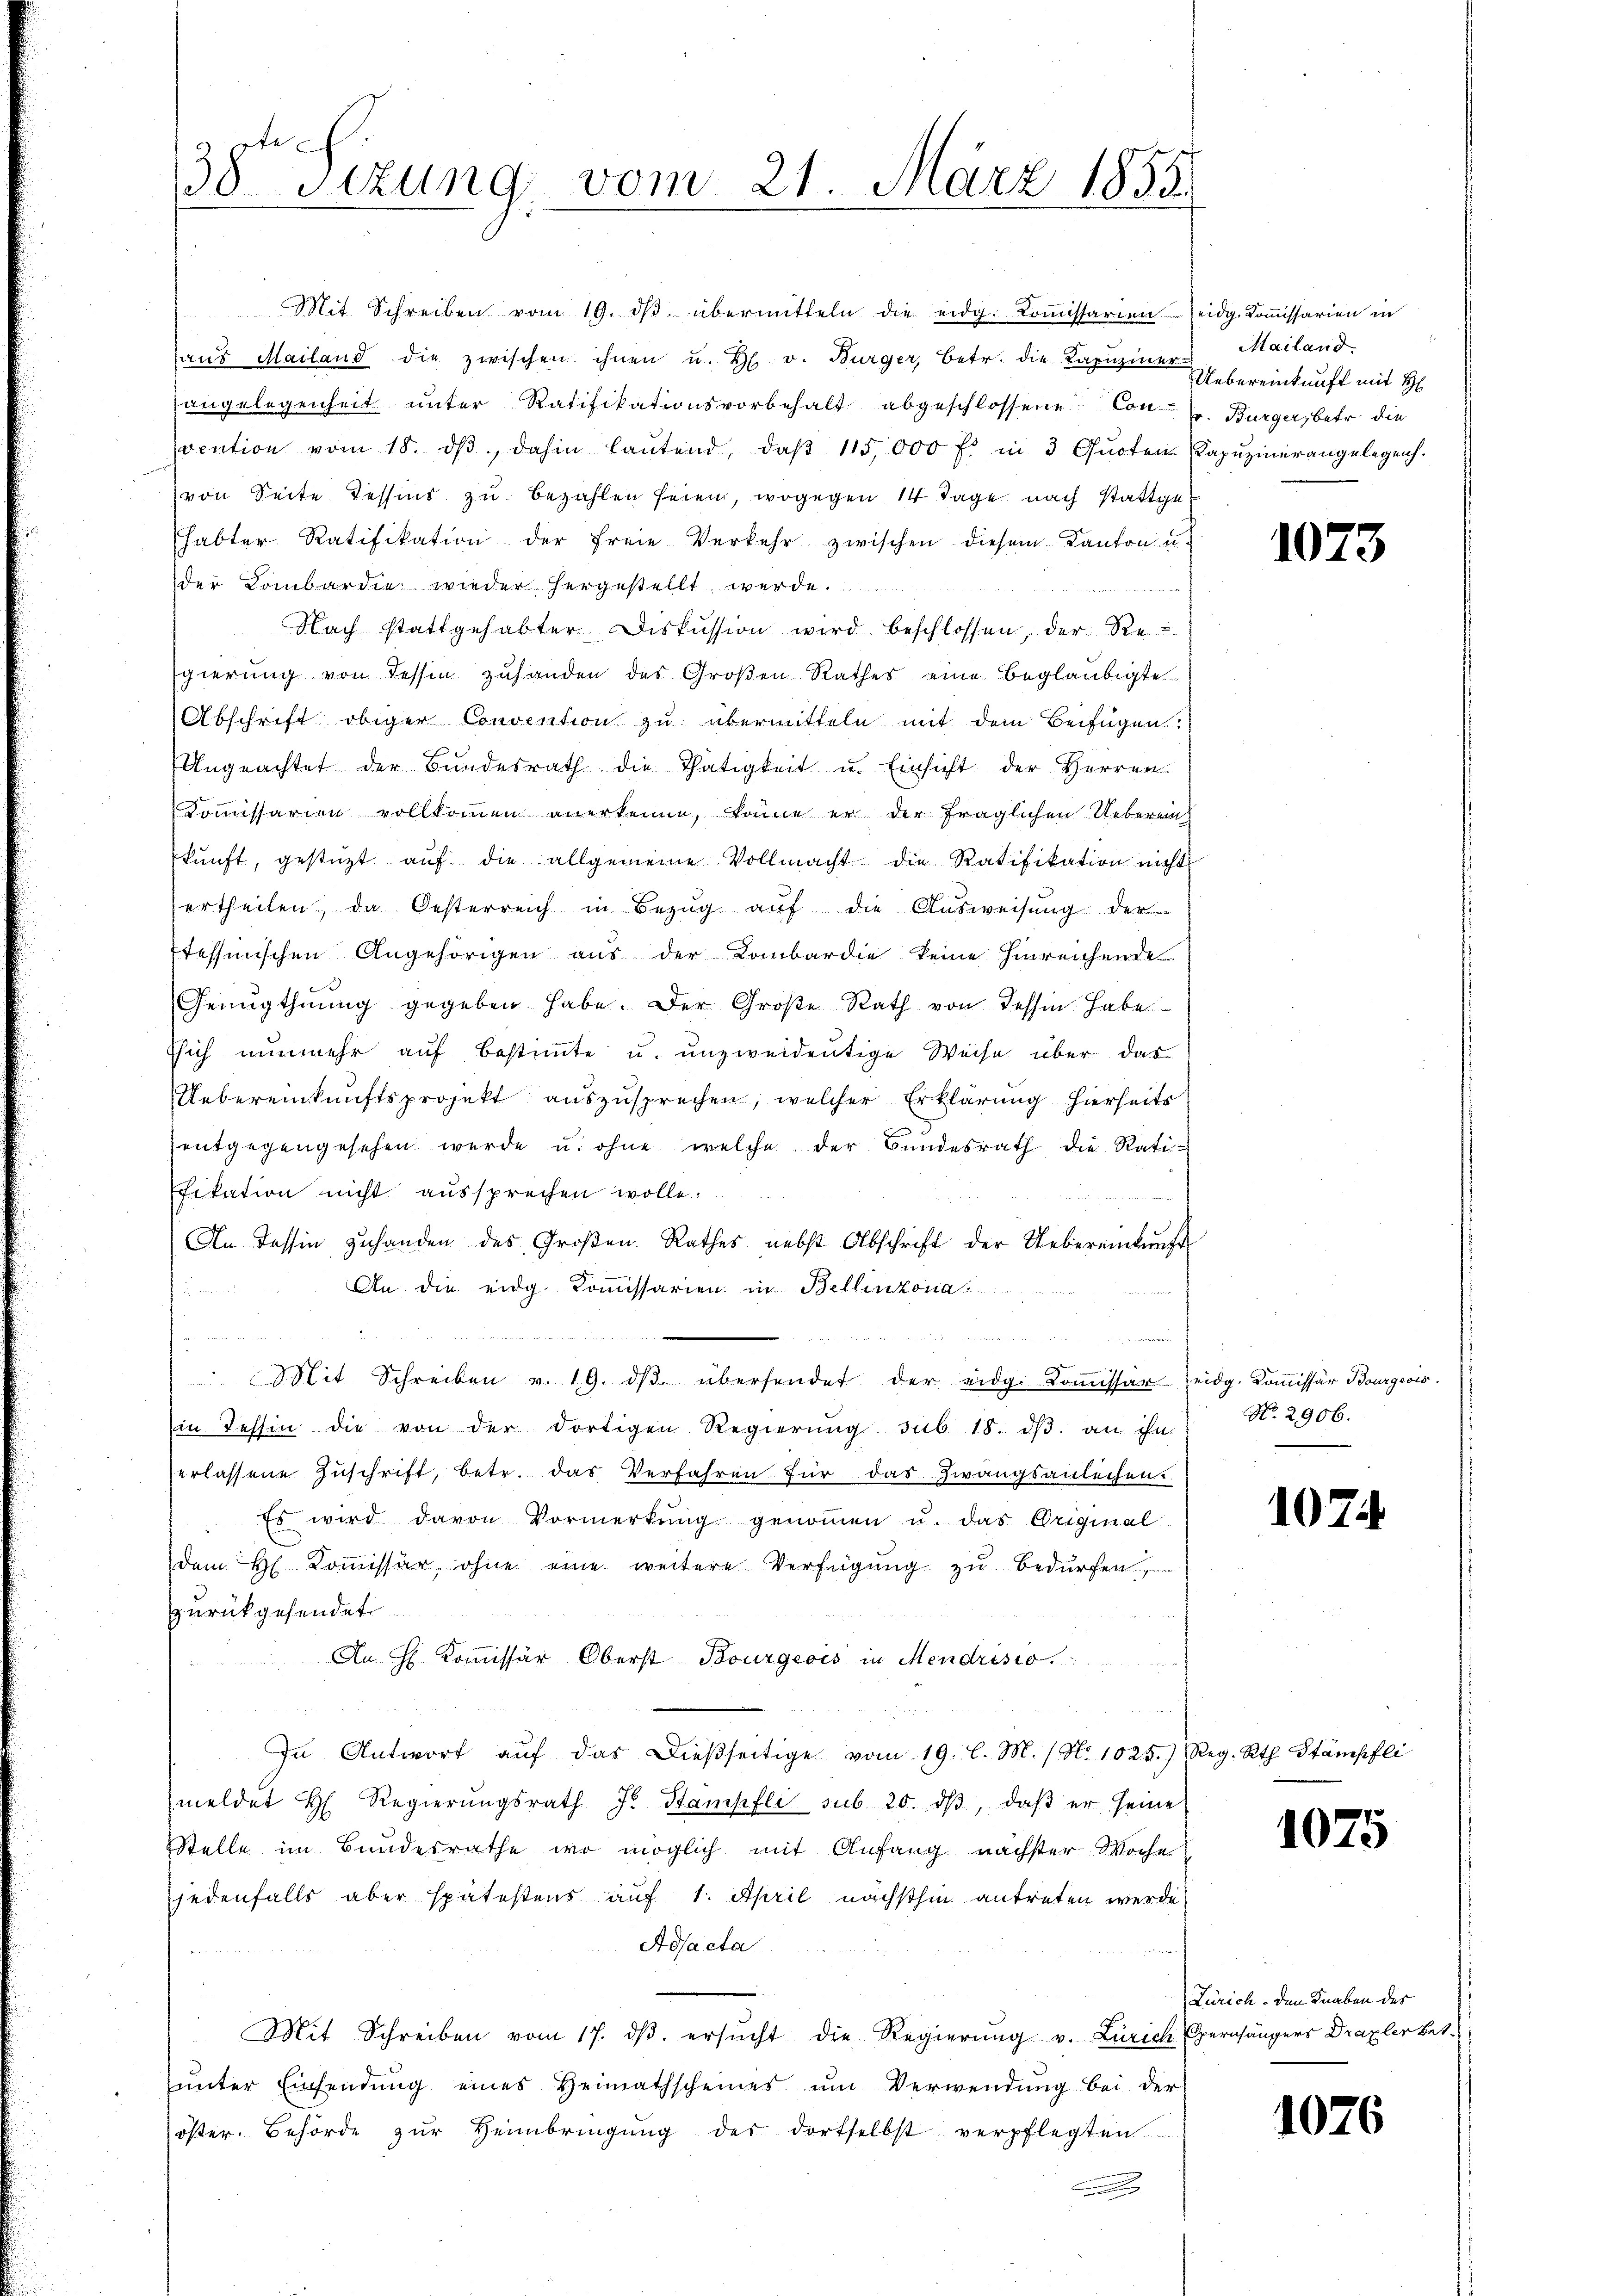
Mit Schreiben vom 19. dβ übermitteln die eidg. Koṁissarien eidg. Kommissarien in
aus Mailand die zwischen ihnen u. H. v. Bürger, betr. die Kapuziner
angelegenheit ŭnter Ratifikationsvorbehalt abgeschlossene Contr. Bürger, betr. die
ocation vom 18. dβ dahin laŭtend, daβ 115,000 f. in 3 Quoten Kapuzinerangelegen.
von Seite Tessins zu bezahlen seien, wogegen 14 Tage nach stattgehabter Ratifikation der freie Verkehr zwischen diesem Kanton u.
der Kombardie wieder hergestellt werde.
Nach stattgehabter Diskussion wird beschlossen, der Re
gierung von Tessin zuhanden des Großen Rathes eine Beglaubigte
Abschrift obiger Convention zu übermitteln mit dem Beifügen.
Ungeachtet der Bundesrath die Thätigkeit u. Einsicht der Herren
Kommissarien vollkommen anerkenne, könne er der fraglichen Ueberein
kŭnft, gestüzt aŭf die allgemeine Vollmacht die Ratifikation nicht
ertheilen, da Oesterreich in Bezŭg aŭf die Aŭsweisung der
tessinischen Angehörigen aus der Kombardie keine hinreichende
Genugthuung gegeben habe. Der Große Rath von Tessin habe
ssich nunmehr auf bestimmte u. unzweidentige Weise über das
Uebereinkunftsprojekt auszusprechen, welcher Erklärung hierheits
entgegengesehen werde u. ohne welche der Bundesrath die Ratifikation nicht aussprechen wolle.
An Tessin zuhanden des Großen Rathes nebst Abschrift der Uebereinkunft
An die eidg. Kommissarien in Bellinzona.
s
Mit Schreiben v. 19. dβ übersendet der eidg. Koṁissar eidg. Koṁissär Bourgeois.
in Tessin die von der dortigen Regierŭng sub 18. dβ an ihn
erlassene Zuschrift, betr. das Verfahren für das Zwangsanleihen.
Es wird davon Vormerkŭng genoṁen u. das Original
dem H. Koṁissar, ohne eine weitere Verfügŭng zŭ bedürfen,
zurückgesendet
An Kommissär Oberst Bourgeois in Mendrisio
In Antwort aŭf das dießseitige vom 19. l. M. / No 1025.) Reg. Rth. Stämpfli
meldet H. Regierŭngsrath J. Stampfli sub 20. dβ, daβ er seine
Stelle im Bundesrathe wo möglich mit Anfang nächster Woche
jedenfalls aber spätestens auf 1. April nächsthin antreten werde
Adjacta
Mit Schreiben vom 17. dβ. ersŭcht die Regierŭng v. Zürich Opernhängers Draxler bet
ŭnter Einsendŭng eines Heimathscheines ŭm Verwendŭng bei der
öster. Behörde zŭr Heimbringŭng der dortselbst verpflegten.
u

38te Sizung vom 21. März 1855
e

Mailand.
Uebereinkunft mit H

107

No. 2906.

107

1075

Zürich. Den Knaben des

1076